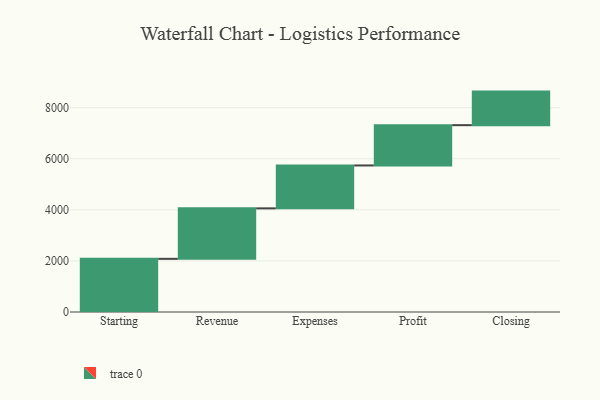
{"axis": {"x": "Step", "y": "Value"}, "legend": [""], "data": [{"x": "Starting", "y": 2082.0, "type": ""}, {"x": "Revenue", "y": 1976.0, "type": ""}, {"x": "Expenses", "y": 1680.0, "type": ""}, {"x": "Profit", "y": 1578.0, "type": ""}, {"x": "Closing", "y": 1314.0, "type": ""}]}